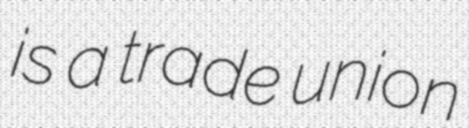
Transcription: is a trade union